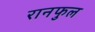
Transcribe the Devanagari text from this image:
रानफुल